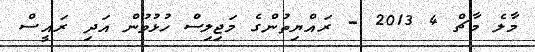
މާލެ މާޗް 4 2013 - ރައްޔިތުންގެ މަޖިލިސް ހުޅުވުން އަދި ރައީސް